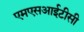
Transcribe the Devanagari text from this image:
एमएसआईटीसी